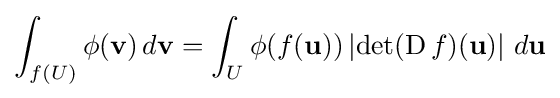
\int _{f(U)}\phi (\mathbf {v} )\,d\mathbf {v} =\int _{U}\phi (f(\mathbf {u} ))\left|\det(\operatorname {D} f)(\mathbf {u} )\right|\,d\mathbf {u}